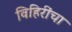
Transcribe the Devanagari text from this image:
विहिरींचा